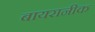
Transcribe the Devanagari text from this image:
बायरानीक